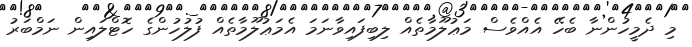
މި ދެމީހުންނާ ބެހޭ އެއްވެސް މަޢުލޫމާތެއް ލިބިފައިވާނަމަ އެމަޢުލޫމާތެއް ފުލުހުންގެ ހޮޓްލައިން ނަމްބަރު